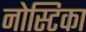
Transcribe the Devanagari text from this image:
नोस्टिका